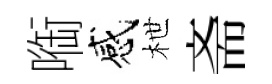
㗸感枻斋